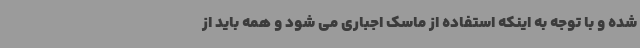
شده و با توجه به اینکه استفاده از ماسک اجباری می شود و همه باید از